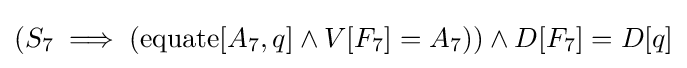
(S_{7}\implies (\operatorname {equate} [A_{7},q]\land V[F_{7}]=A_{7}))\land D[F_{7}]=D[q]